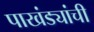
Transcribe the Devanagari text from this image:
पाखंड्यांची